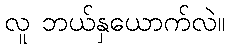
လူ ဘယ်နှယောက်လဲ။